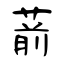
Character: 葥